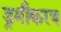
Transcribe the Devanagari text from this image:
ड्रमीकरण